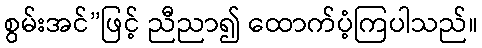
စွမ်းအင်”ဖြင့် ညီညာ၍ ထောက်ပံ့ကြပါသည်။